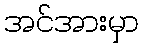
အင်အားမှာ